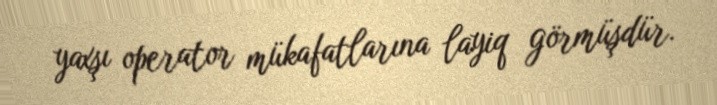
yaxşı operator mükafatlarına layiq görmüşdür.